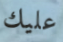
عليك